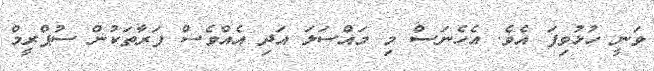
ވަނީ ހުޅުވިފަ އެވެ. އެހެނަސް މި މައްސަލަ އަދި އެއްވެސް ފަރާތަކުން ސުޕްރީމް